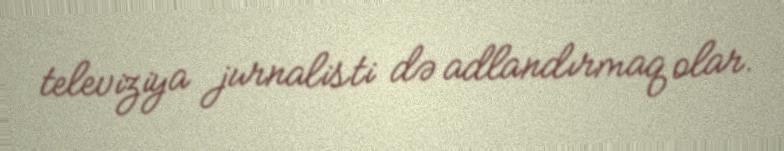
televiziya jurnalisti də adlandırmaq olar.